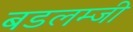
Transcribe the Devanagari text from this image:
बडलम्जी